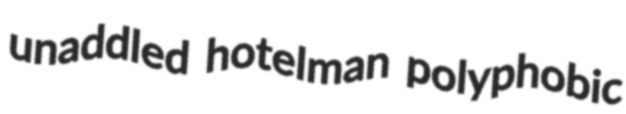
unaddled hotelman polyphobic